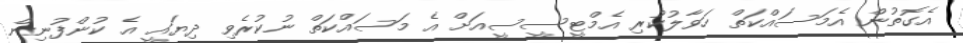
އެގޮތުން އެމަސައްކަތް ހަވާލުކުރި އެމްޓީސީސީއަށް އެ މަސައްކަތް ނުކުރެވި ދިޔައީ އެ ކުންފުނިން